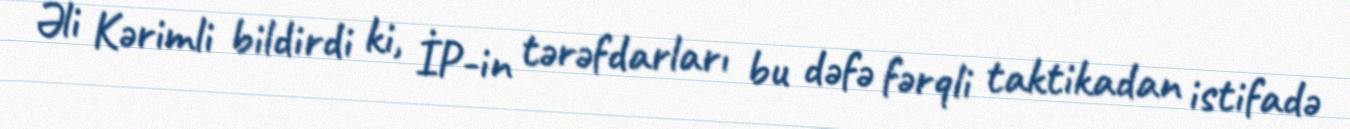
Əli Kərimli bildirdi ki, İP-in tərəfdarları bu dəfə fərqli taktikadan istifadə